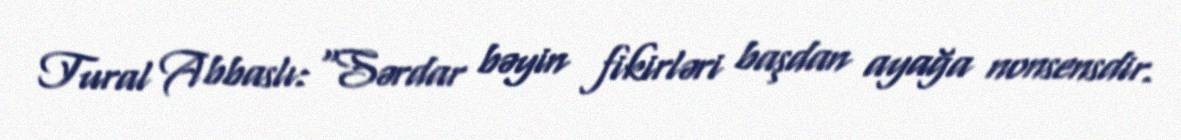
Tural Abbaslı: "Sərdar bəyin fikirləri başdan ayağa nonsensdir.